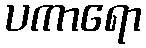
ပကာရော